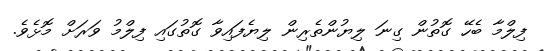
ފިލްމާ ބެހޭ ގޮތުން ގިނަ ލިޔުންތެރިން ލިޔެފައިވާ ގޮތުގައި ފިލްމު ވަރަށް މޮޅެވެ.